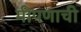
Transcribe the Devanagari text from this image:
मीपणाची